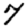
Digit: 7